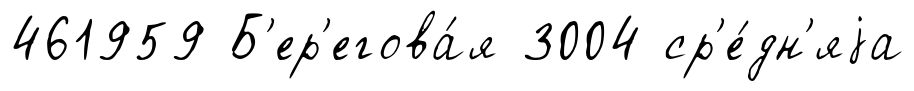
461959 Б'ер'егова́я 3004 ср'е́дн'яjа